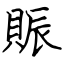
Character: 賑